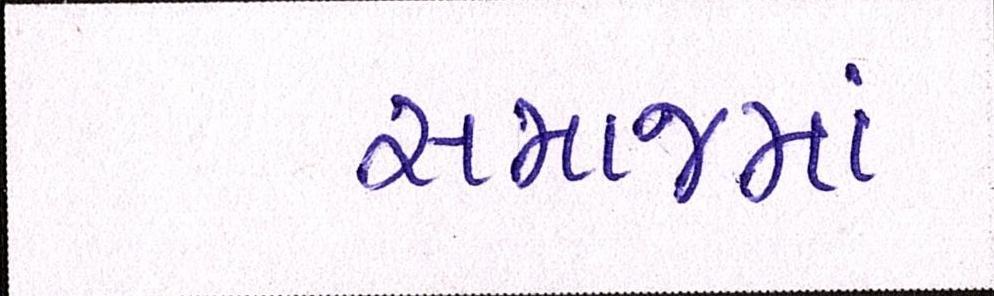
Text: સમાજમાં